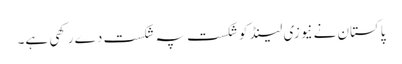
پاکستان نے نیوزی لینڈ کو شکست پہ شکست دے رکھی ہے۔